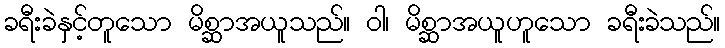
ခရီးခဲနှင့်တူသော မိစ္ဆာအယူသည်။ ဝါ၊ မိစ္ဆာအယူဟူသော ခရီးခဲသည်။